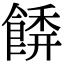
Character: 𩝂